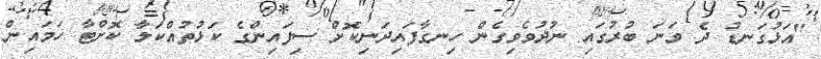
"އަޅުގަނޑު ދެ ވަނަ ބުރުގައި ނުދުވެވިގެން ހިނގާފައިދަނިކޮށް ސިފައިންގެ ކަޅުތުއްކަލާ ކޮށްޓާ ހަމައިން